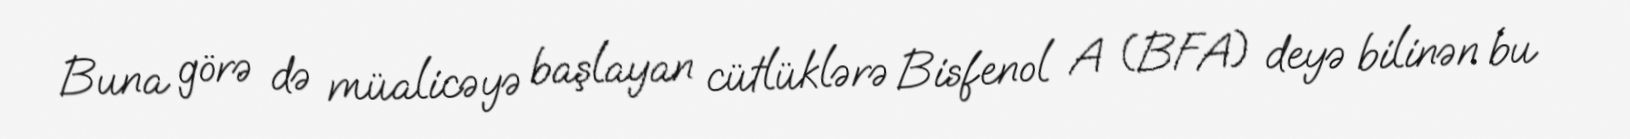
Buna görə də müalicəyə başlayan cütlüklərə Bisfenol A (BFA) deyə bilinən bu